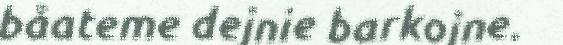
båateme dejnie barkojne.